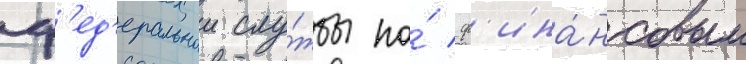
ф'ед'еральнои слу́жбы по́ ф'ина́нсовым